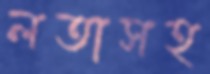
লতাসহ